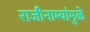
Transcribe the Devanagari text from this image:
राजीनाम्यांमुळे